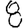
Digit: 8